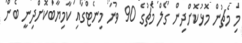
މި މެޗުން މޮޅުކޮށްދިން ގޯލް މެޗުގެ 90 ވަނަ މިނެޓްގައި ކާމިޔާބުކޮށްދިނީ ބެން